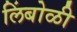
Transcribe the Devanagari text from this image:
लिंबोळी